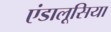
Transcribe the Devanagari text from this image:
एंडालूसिया